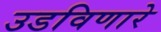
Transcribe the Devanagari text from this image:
उडविणारे